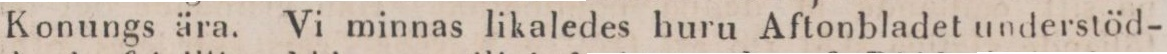
Konungs ära. Vi minnas likaledes huru Aftonbladet understöd-